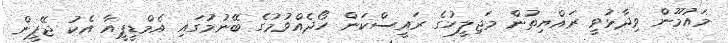
މައުމޫން ވިދާޅުވީ ރައްޔިތުން މަޖިލީހުގެ ރައީސްކަން ހޯދެއްވުމުގެ ބޭނުމުގައި އެމްޑީޕީއާ އެކު ޖޭޕީން